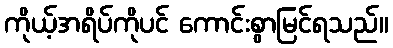
ကိုယ့်အရိပ်ကိုပင် ကောင်းစွာမြင်ရသည်။